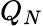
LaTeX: Q_{N}